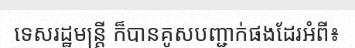
ទេសរដ្ឋមន្ត្រី ក៏បានគូសបញ្ជាក់ផងដែរអំពី៖